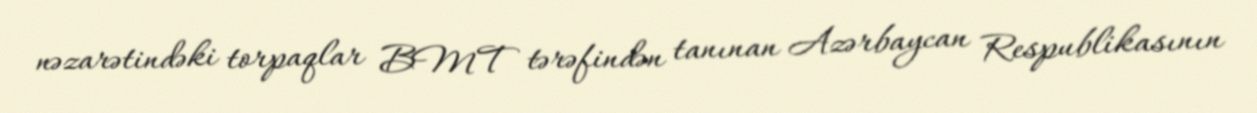
nəzarətindəki torpaqlar BMT tərəfindən tanınan Azərbaycan Respublikasının